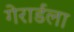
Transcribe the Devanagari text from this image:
गेरार्डला